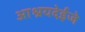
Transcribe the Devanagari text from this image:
आश्रयदेईजे